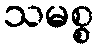
သမစ္စ